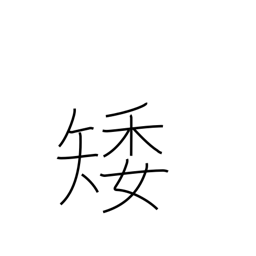
Meaning: low